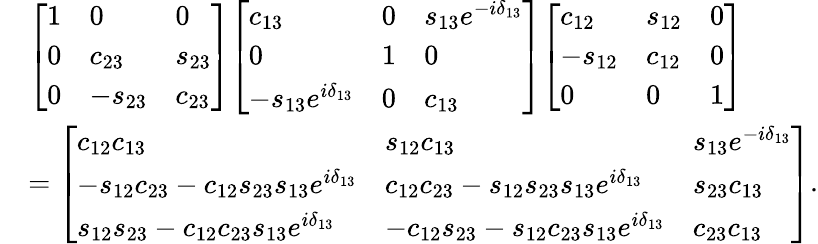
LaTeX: {\begin{array}{rl}&{{\left[\begin{array}{lll}{1}&{0}&{0}\\ {0}&{c_{23}}&{s_{23}}\\ {0}&{-s_{23}}&{c_{23}}\end{array}\right]}{\left[\begin{array}{lll}{c_{13}}&{0}&{s_{13}e^{-i\delta_{13}}}\\ {0}&{1}&{0}\\ {-s_{13}e^{i\delta_{13}}}&{0}&{c_{13}}\end{array}\right]}{\left[\begin{array}{lll}{c_{12}}&{s_{12}}&{0}\\ {-s_{12}}&{c_{12}}&{0}\\ {0}&{0}&{1}\end{array}\right]}}\\ &{={\left[\begin{array}{lll}{c_{12}c_{13}}&{s_{12}c_{13}}&{s_{13}e^{-i\delta_{13}}}\\ {-s_{12}c_{23}-c_{12}s_{23}s_{13}e^{i\delta_{13}}}&{c_{12}c_{23}-s_{12}s_{23}s_{13}e^{i\delta_{13}}}&{s_{23}c_{13}}\\ {s_{12}s_{23}-c_{12}c_{23}s_{13}e^{i\delta_{13}}}&{-c_{12}s_{23}-s_{12}c_{23}s_{13}e^{i\delta_{13}}}&{c_{23}c_{13}}\end{array}\right]}.}\end{array}}